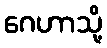
ဂေဟာသို့